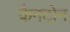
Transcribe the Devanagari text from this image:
कैनटोन